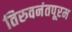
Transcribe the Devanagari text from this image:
तिरुवनंतपूरम